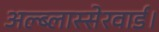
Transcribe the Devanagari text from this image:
अल्ब्लास्सेरवार्ड।